Civil Veterinary Department Bengal reports 1923-33 - 1923-1933
Year: 1923
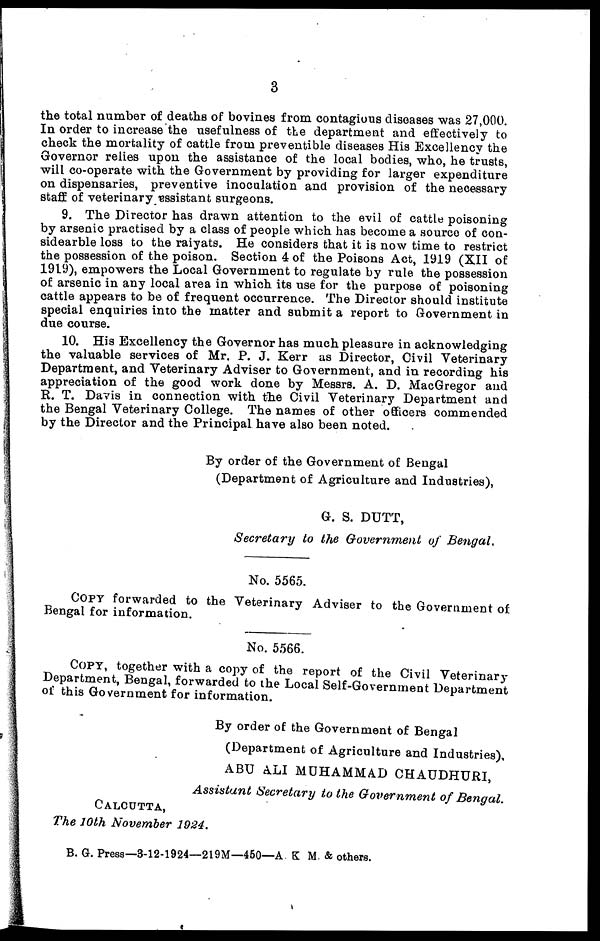
3
the total number of deaths of bovines from contagious diseases was 27,000.
In order to increase the usefulness of the department and effectively to
check the mortality of cattle from preventible diseases His Excellency the
Governor relies upon the assistance of the local bodies, who, he trusts,
will co-operate with the Government by providing for larger expenditure
on dispensaries, preventive inoculation and provision of the necessary
staff of veterinary assistant surgeons.
9. The Director has drawn attention to the evil of cattle poisoning
by arsenic practised by a class of people which has become a source of con-
sidearble loss to the raiyats. He considers that it is now time to restrict
the possession of the poison. Section 4 of the Poisons Act, 1919 (XII of
1919), empowers the Local Government to regulate by rule the possession
of arsenic in any local area in which its use for the purpose of poisoning
cattle appears to be of frequent occurrence. The Director should institute
special enquiries into the matter and submit a report to Government in
due course.
10. His Excellency the Governor has much pleasure in acknowledging
the valuable services of Mr. P. J. Kerr as Director, Civil Veterinary
Department, and Veterinary Adviser to Government, and in recording his
appreciation of the good work done by Messrs. A. D. MacGregor and
R. T. Davis in connection with the Civil Veterinary Department and
the Bengal Veterinary College. The names of other officers commended
by the Director and the Principal have also been noted.
By order of the Government of Bengal
(Department of Agriculture and Industries),
G. S. DUTT,
Secretary to the Government of Bengal.
No. 5565.
Copy forwarded to the Veterinary Adviser to the Government of
Bengal for information.
No. 5566.
COPY, together with a copy of the report of the Civil Veterinary
Department, Bengal, forwarded to the Local Self-Government Department
of this Government for information.
By order of the Government of Bengal
(Department of Agriculture and Industries),
ABU ALI MUHAMMAD CHAUDHURI,
Assistant Secretary to the Government of Bengal.
CALCUTTA,
The 10th November 1924.
B. G. Press—3-12-1924—219M—450—A. K. M. & others.